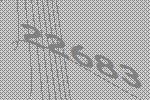
22683